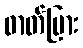
ဓာတ်ပြား